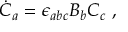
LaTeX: { \dot { C } } _ { a } = \epsilon _ { a b c } B _ { b } C _ { c } \ ,